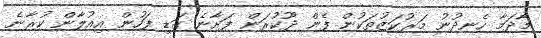
މާދަމާ ހެނދުނު މަރުކަޒުތަކުން ފެން ދޫކުރަން ފަށާނެ ގަޑި ފަހުން އިއުލާން ކުރާނެ